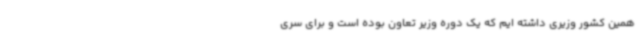
همین کشور وزیری داشته ایم که یک دوره وزیر تعاون بوده است و برای سری